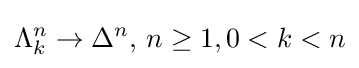
\Lambda _{k}^{n}\to \Delta ^{n},\,n\geq 1,0<k<n